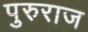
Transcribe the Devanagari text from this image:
पुरुराज